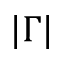
\vert \Gamma \vert